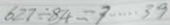
6 2 7 \div 8 4 = 7 \cdots 3 9